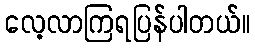
လေ့လာကြရပြန်ပါတယ်။